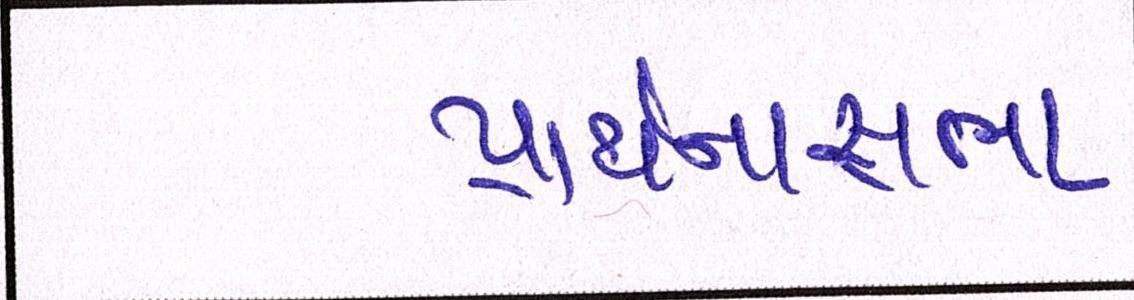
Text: પ્રાર્થનાસભા